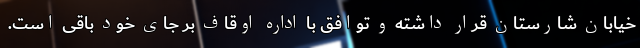
خیابان شارستان قرار داشته و توافق با اداره اوقاف بر جای خود باقی است.